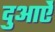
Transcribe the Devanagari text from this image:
दुआऐं